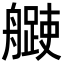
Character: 𦪨